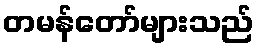
တမန်တော်များသည်